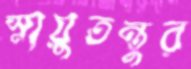
স্নায়ুতন্তুর